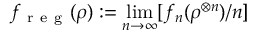
f _ { \mathrm { ~ r ~ e ~ g ~ } } ( \rho ) : = \operatorname* { l i m } _ { n \rightarrow \infty } [ f _ { n } ( \rho ^ { \otimes n } ) / n ]